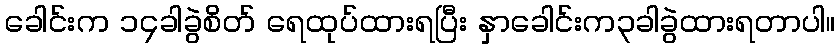
ခေါင်းက ၁၄ခါခွဲစိတ် ရေထုပ်ထားရပြီး နှာခေါင်းက၃ခါခွဲထားရတာပါ။